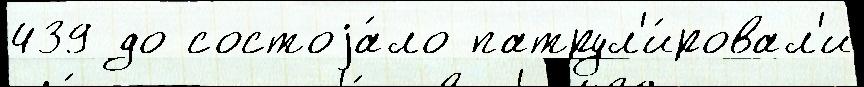
439 до состоjа́ло патрул'и́ровал'и